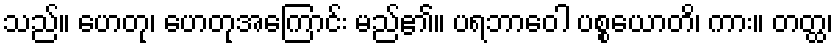
သည်။ ဟေတု၊ ဟေတုအကြောင်း မည်၏။ ပရဘာဝေါ ပစ္စယောတိ၊ ကား။ တတ္ထ၊